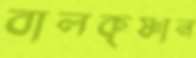
বালকৃষ্ণান